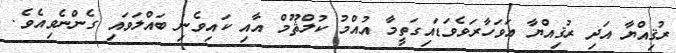
ރުޤިއްޔާ އަދި ރުޤިއްޔާ އަވަހާރަވެވަޑައިގަތީމާ އުއްމު ކުލްޘޫމް އާއި ކައިވެނި ބައްލަވައި ގެންނެވިއެވެ.